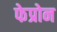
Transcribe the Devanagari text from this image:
फेप्रोन